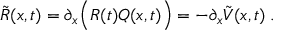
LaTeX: \tilde { R } ( x , t ) = \partial _ { x } \Big ( R ( t ) Q ( x , t ) \Big ) = - \partial _ { x } \tilde { V } ( x , t ) \; .